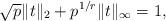
LaTeX: \begin{align*}\sqrt{p} \|t\|_2 + p^{1/r}\|t\|_\infty = 1,\end{align*}